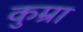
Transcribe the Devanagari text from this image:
कुम्रा